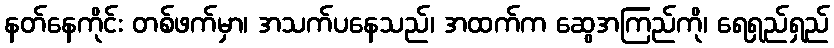
နတ်နေကိုင်း တစ်ဖက်မှာ၊ အသက်ပနေသည်၊ အထက်က ဆွေအကြည်ကို၊ ရေရှည်ရှည်